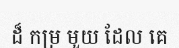
ដ៏ កម្រ មួយ ដែល គេ